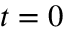
t = 0